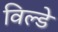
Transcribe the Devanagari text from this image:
विल्डे